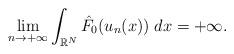
LaTeX: \begin{align*}\displaystyle\lim_{n \to +\infty}\int_{\mathbb{R}^N}\hat{F}_0(u_n(x))\;dx = +\infty.\end{align*}